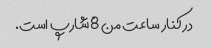
در کنار ساعت من 8 شارپ است.